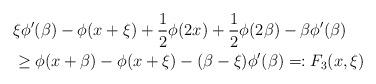
LaTeX: \begin{align*}&\xi\phi'(\beta)-\phi(x+\xi)+\frac{1}{2}\phi(2 x)+\frac{1}{2}\phi(2\beta)-\beta\phi'(\beta)\\&\geq \phi(x+\beta)-\phi(x+\xi)-(\beta-\xi)\phi'(\beta)=:F_3(x,\xi)\end{align*}